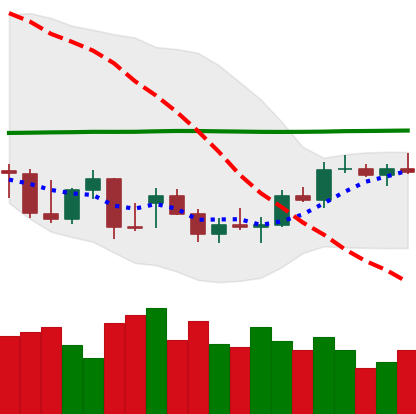
Ticker: BTC-USD
Chart end date: 2021-12-27
Forward return: -5.832%
Label: down_5_7